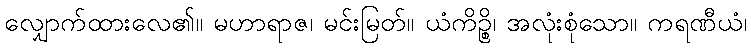
လျှောက်ထားလေ၏။ မဟာရာဇ၊ မင်းမြတ်။ ယံကိဉ္စိ၊ အလုံးစုံသော။ ကရဏီယံ၊